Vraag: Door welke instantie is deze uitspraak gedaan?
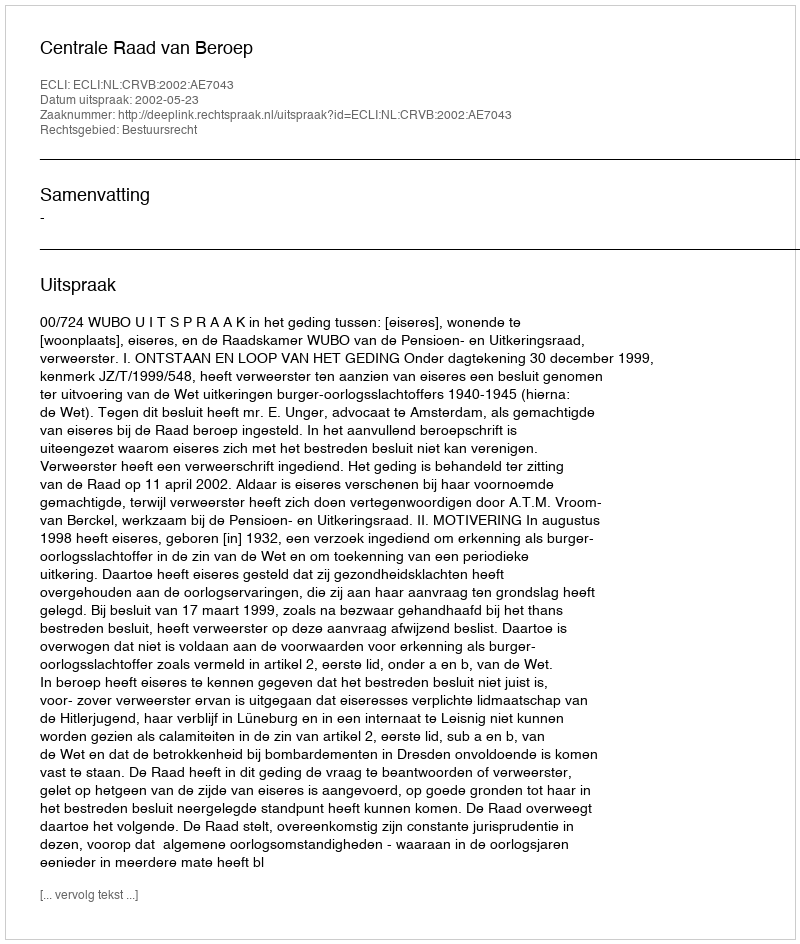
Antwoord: Centrale Raad van Beroep